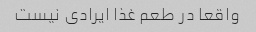
واقعا در طعم غذا ایرادی نیست